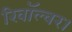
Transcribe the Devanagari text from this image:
रिवॉल्वर।